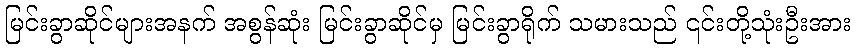
မြင်းခွာဆိုင်များအနက် အစွန်ဆုံး မြင်းခွာဆိုင်မှ မြင်းခွာရိုက် သမားသည် ၎င်းတို့သုံးဦးအား